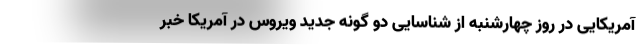
آمریکایی در روز چهارشنبه از شناسایی دو گونه جدید ویروس در آمریکا خبر